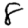
Digit: 8